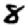
Digit: 8